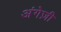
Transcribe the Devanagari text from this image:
अंगेज़ी